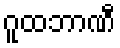
ဂူထဘာဏီ